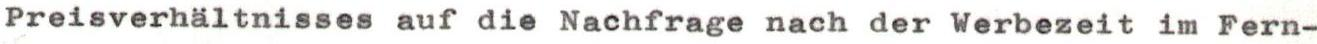
Preisverhältnisses auf die Nachfrage nach der Werbezeit im Fern-